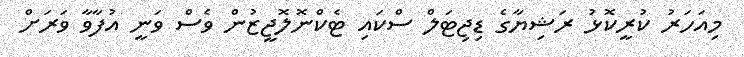
މިއަހަރު ކުރީކޮޅު ރަޝިޔާގެ ޑިޖިޓަލް ސްކައި ޓެކްނޮލޮޖީޒުން ވެސް ވަނީ އުފާވާ ވަރަށް